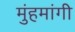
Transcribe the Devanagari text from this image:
मुंहमांगी